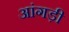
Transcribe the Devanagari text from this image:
आंगड़ी